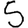
Digit: 5